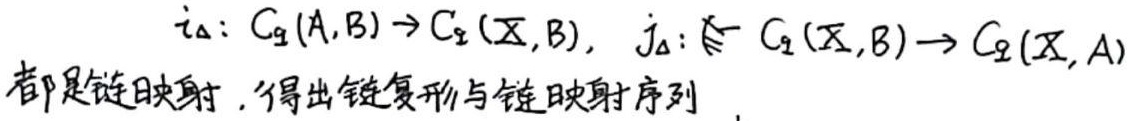
\(i_{\Delta}:C_{q}(A,B)\to C_{q}(X,B),\ j_{\Delta}:C_{q}(X,B)\to C_{q}(X,A)\)
都是链映射，得出链复形与链映射序列  。